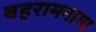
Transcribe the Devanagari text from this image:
बहरामनामा